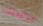
ترقيتك